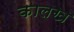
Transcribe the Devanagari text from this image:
कालख